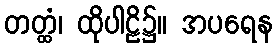
တတ္ထံ၊ ထိုပါဠိ၌။ အပရေန